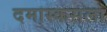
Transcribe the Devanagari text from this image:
दमास्कसला